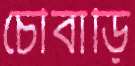
চৌবাড়ি